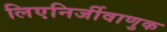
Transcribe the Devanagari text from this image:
लिएनिर्जीवाणुक